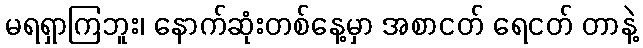
မရရှာကြဘူး၊ နောက်ဆုံးတစ်နေ့မှာ အစာငတ် ရေငတ် တာနဲ့